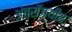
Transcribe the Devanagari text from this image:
अंतरॉज्यीय